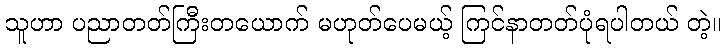
သူဟာ ပညာတတ်ကြီးတယောက် မဟုတ်ပေမယ့် ကြင်နာတတ်ပုံရပါတယ် တဲ့။